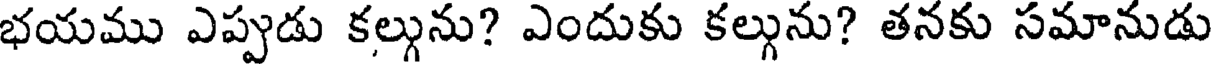
భయము ఎప్పుడు కల్గును? ఎందుకు కల్గును? తనకు సమానుడు